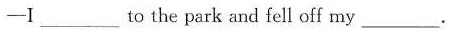
-I ___ to the park and fell off my ___.